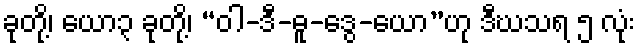
ခုတို့၊ ယော၃ ခုတို့၊ “ဝါ-ဒီ-ဓူ-ဒွေ-ယော”ဟု ဒီဃသရ ၅ လုံး